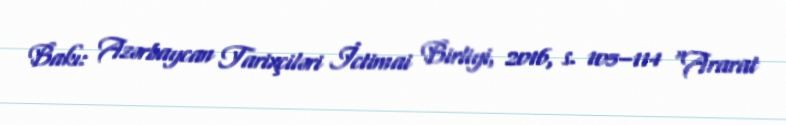
Bakı: Azərbaycan Tarixçiləri İctimai Birliyi, 2016, s. 105–114 "Ararat